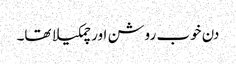
دن خوب روشن اور چمکیلا تھا۔